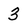
Character: 3